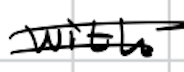
Text: with
Cross-out: double-line
Writing tool: digital_black